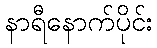
နာရီနောက်ပိုင်း